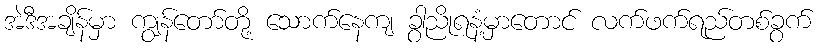
အဲဒီအချိန်မှာ ကျွန်တော်တို့ သောက်နေကျ ခွာညိုရနံ့မှာတောင် လက်ဖက်ရည်တစ်ခွက်